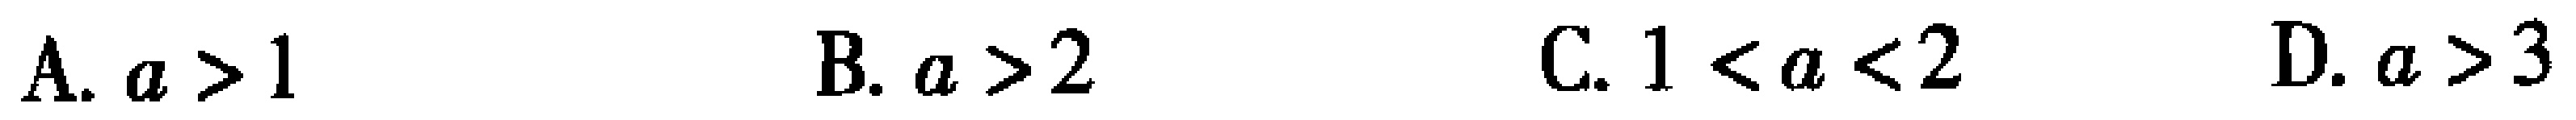
A. \(a > 1\)  B. \(a > 2\)  C. \(1 < a < 2\)  D. \(a > 3\)